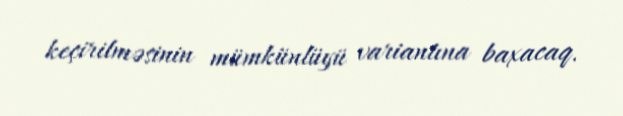
keçirilməsinin mümkünlüyü variantına baxacaq.